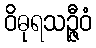
ဝိဓုရသဉ္ဇီဝံ